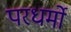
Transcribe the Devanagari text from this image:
परधर्मो